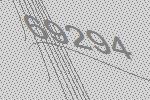
69294